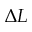
\Delta L